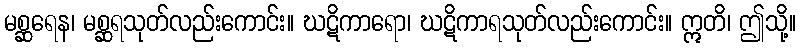
မစ္ဆရေန၊ မစ္ဆရသုတ်လည်းကောင်း။ ဃဋိကာရော၊ ဃဋိကာရသုတ်လည်းကောင်း။ ဣတိ၊ ဤသို့။